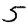
Digit: 5